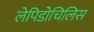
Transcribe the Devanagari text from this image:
लेपिडोचिलिस